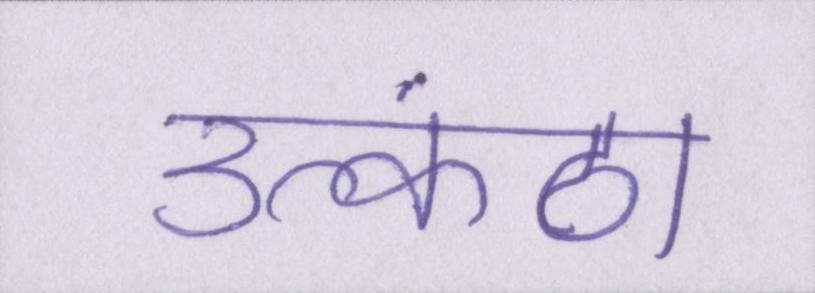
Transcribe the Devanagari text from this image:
उत्कंठा